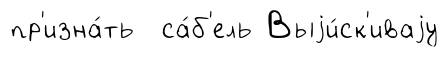
пр'изна́ть са́б'ель Выjи́ск'иваjу